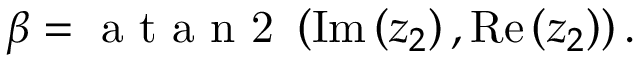
\beta = \mathrm { ~ a ~ t ~ a ~ n ~ 2 ~ } \left( \operatorname { I m } \left( z _ { 2 } \right) , \operatorname { R e } \left( z _ { 2 } \right) \right) .